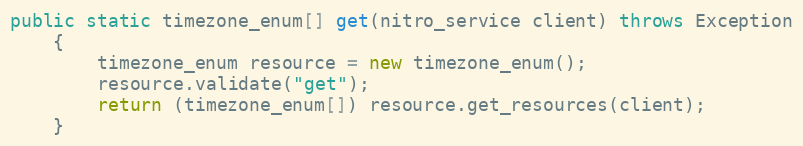
Language: Java
public static timezone_enum[] get(nitro_service client) throws Exception
	{
		timezone_enum resource = new timezone_enum();
		resource.validate("get");
		return (timezone_enum[]) resource.get_resources(client);
	}